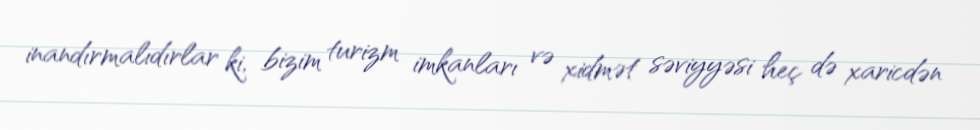
inandırmalıdırlar ki, bizim turizm imkanları və xidmət səviyyəsi heç də xaricdən